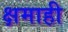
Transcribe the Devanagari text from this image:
क्षमाही